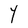
Character: Y